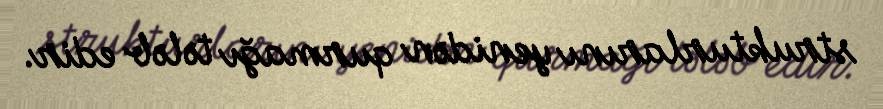
strukturlarını yenidən qurmağı tələb edir.